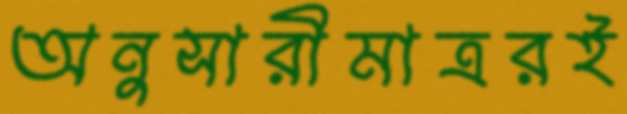
অনুসারীমাত্ররই